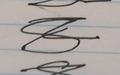
Signature authenticity: forged